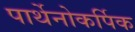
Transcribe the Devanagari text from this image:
पार्थेनोकर्पिक